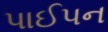
પાઈપન